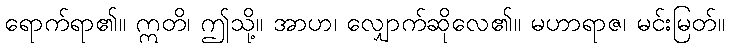
ရောက်ရာ၏။ ဣတိ၊ ဤသို့။ အာဟ၊ လျှောက်ဆိုလေ၏။ မဟာရာဇ၊ မင်းမြတ်။